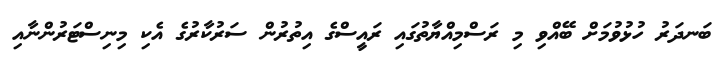
ބަނދަރު ހުޅުވުމަށް ބޭއްވި މި ރަސްމިއްޔާތުގައި ރައީސްގެ އިތުރުން ސަރުކާރުގެ އެކި މިނިސްޓަރުންނާއި